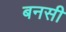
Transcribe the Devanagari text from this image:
बनसी